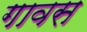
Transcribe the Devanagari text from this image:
गावस